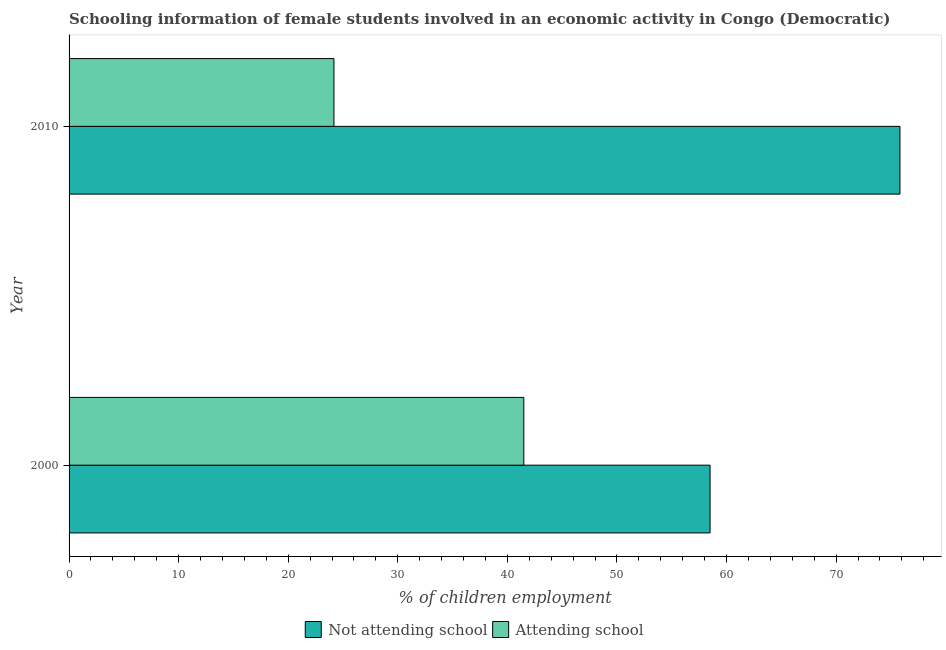
| Year | Not attending school | Attending school |
 | --- | --- | --- |
 | 2000 | 58.5 | 41.5 |
 | 2010 | 75.8 | 24.2 |